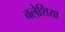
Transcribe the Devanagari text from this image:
वलेशिया